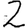
Digit: 2